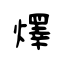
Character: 燡